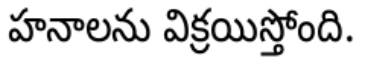
హనాలను విక్రయిస్తోంది.